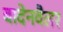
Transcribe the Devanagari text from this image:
बादेनवैलर